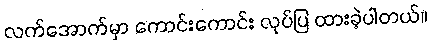
လက်အောက်မှာ ကောင်းကောင်း လုပ်ပြ ထားခဲ့ပါတယ်။